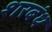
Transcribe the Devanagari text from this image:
शरबंध